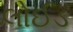
લોઈડ